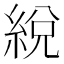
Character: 綐